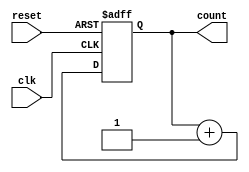
module async_counter #(
    parameter N = 4 // Set default number of bits to 4
) (
    input wire clk,        // Clock input
    input wire reset,      // Asynchronous reset input
    output reg [N-1:0] count // N-bit count output
);

// Trigger on the rising edge of the clock
always @(posedge clk or posedge reset) begin
    if (reset) begin
        count <= 0; // Asynchronously reset the counter to 0
    end else begin
        // Increment counting logic based on the current count
        count <= count + 1;
    end
end

endmodule